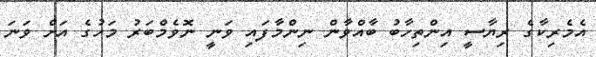
އެމެރިކާގެ ރިޔާސީ އިންތިހާބު ބާއްވާން ނިންމާފައި ވަނީ ނޮވެމްބަރު މަހުގެ އަށް ވަނަ